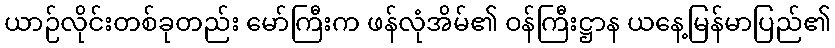
ယာဉ်လိုင်းတစ်ခုတည်း မော်ကြီးက ဖန်လုံအိမ်၏ ဝန်ကြီးဋ္ဌာန ယနေ့မြန်မာပြည်၏